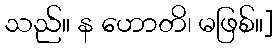
သည်။ န ဟောတိ၊ မဖြစ်။]